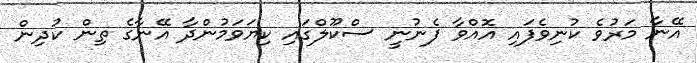
އޭނާ މަރުވެ ކުނިވެފައި އޮއްވާ ފެނުނީ ސްކޫލްގައި ކިޔަވަމުންދާ އޭނާގެ ތިން ކުދިން